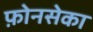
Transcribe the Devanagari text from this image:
फ़ोनसेका